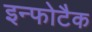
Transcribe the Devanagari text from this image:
इन्फोटैक